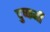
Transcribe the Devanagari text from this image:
दुष्कर्मी